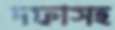
দফাসহ